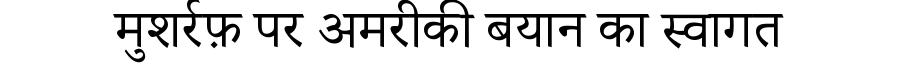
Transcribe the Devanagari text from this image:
मुशर्रफ़ पर अमरीकी बयान का स्वागत